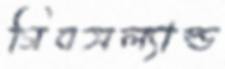
গিবসল্যাল্ড